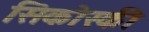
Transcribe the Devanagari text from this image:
सिकोस्की